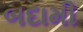
બદામી